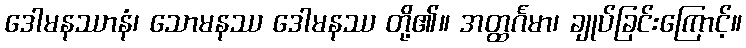
ဒေါမနဿာနံ၊ သောမနဿ ဒေါမနဿ တို့၏။ အတ္ထင်္ဂမာ၊ ချုပ်ခြင်းကြောင့်။